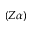
( Z \alpha )